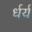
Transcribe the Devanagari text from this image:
र्धर्य